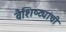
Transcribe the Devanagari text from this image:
वैशिष्ट्यांची